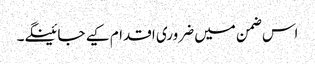
اس ضمن میں ضروری اقدام کیے جائینگے۔